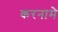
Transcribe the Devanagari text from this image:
करनामे